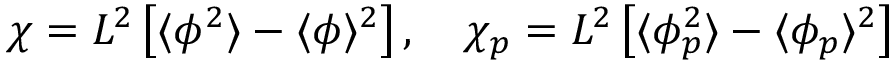
\chi = L ^ { 2 } \left[ \langle \phi ^ { 2 } \rangle - \langle \phi \rangle ^ { 2 } \right] , \ \ \ \chi _ { p } = L ^ { 2 } \left[ \langle \phi _ { p } ^ { 2 } \rangle - \langle \phi _ { p } \rangle ^ { 2 } \right]